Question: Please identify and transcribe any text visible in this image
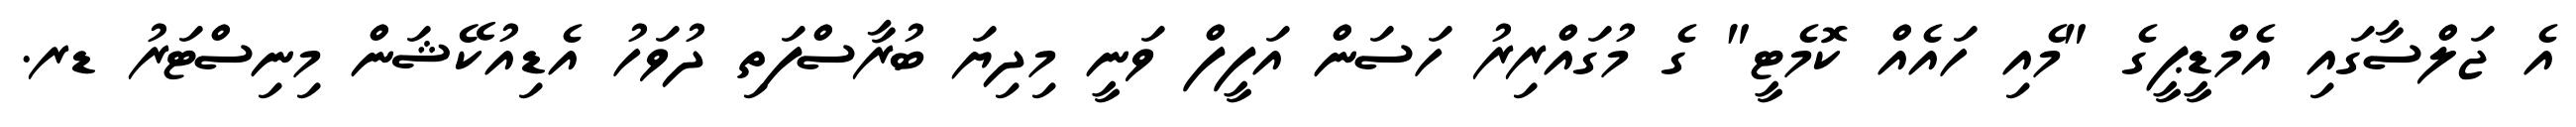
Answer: އެ ޖަލްސާގައި އެމްޑީޕީގެ "މެއި ހައެއް ކޮމެޓީ" ގެ މުގައްރިރު ހަސަން އަފީފް ވަނީ މިދިޔަ ބުރާސްފަތި ދުވަހު އެޑިއުކޭޝަން މިނިސްޓަރު ޑރ.